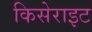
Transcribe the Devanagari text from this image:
किसेराइट